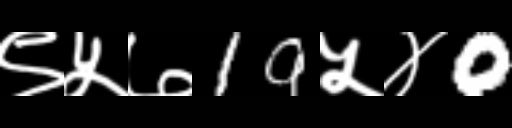
Text: ९५७19५४0